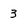
Character: 3